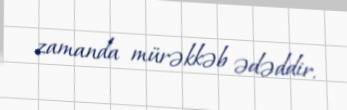
zamanda mürəkkəb ədəddir.